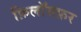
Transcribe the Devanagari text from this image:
फ़िलॉसफ़र